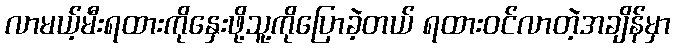
လာမယ့်မီးရထားကိုနှေးဖို့သူ့ကိုပြောခဲ့တယ် ရထားဝင်လာတဲ့အချိန်မှာ